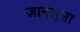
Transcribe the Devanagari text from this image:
ज्ञानलुप्ता